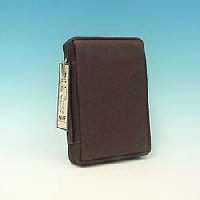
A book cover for Bible Cover: Exlarge Brown Genuine Leather; Bob Siemon Designs; Christian Books & Bibles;